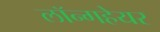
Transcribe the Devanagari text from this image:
लॉन्गहेयर